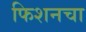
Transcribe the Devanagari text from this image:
फिशनचा